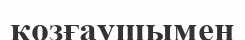
қозғаушымен